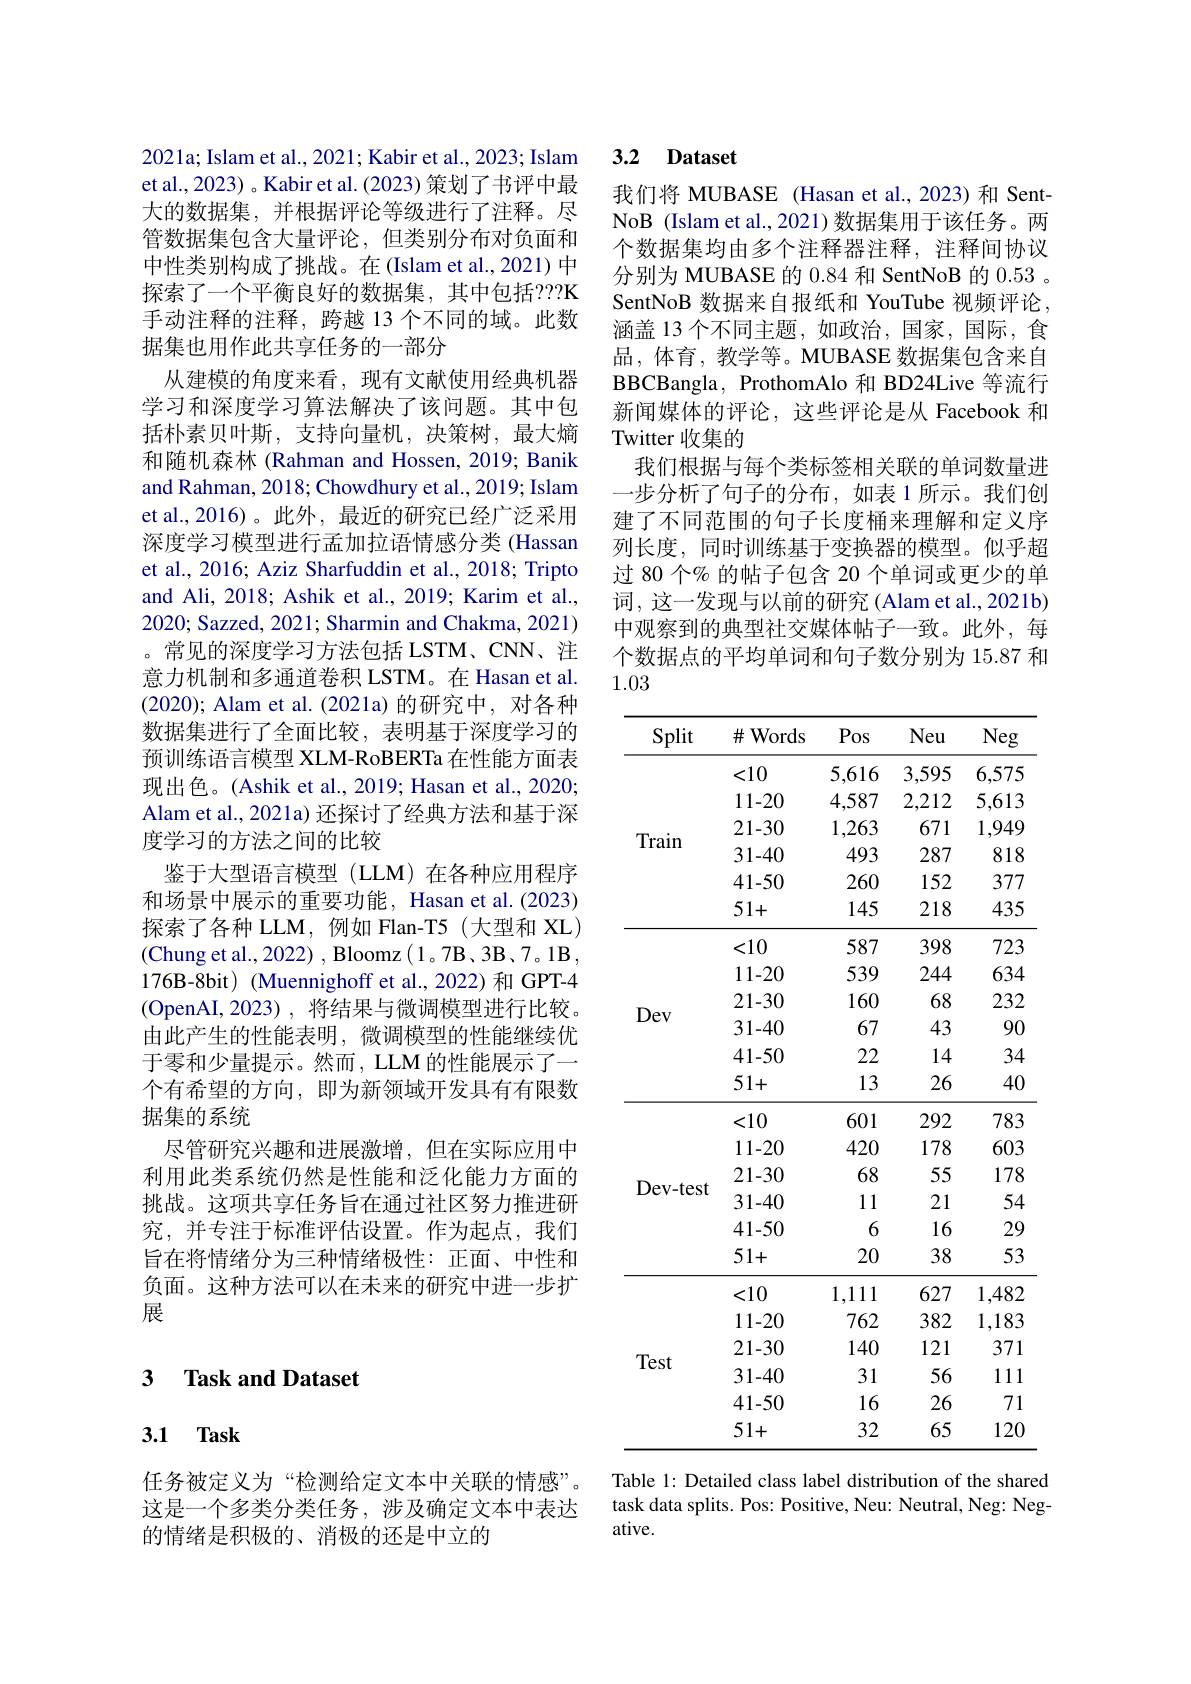
2021a; Islam et al., 2021; Kabir et al., 2023; Islam et al., 2023) 。Kabir et al. (2023) 策划了书评中最大的数据集，并根据评论等级进行了注释。尽管数据集包含大量评论，但类别分布对负面和中性类别构成了挑战。在(Islam et al., 2021) 中探索了一个平衡良好的数据集，其中包括？?K 手动注释的注释，跨越 13 个不同的域。此数据集也用作此共享任务的一部分
从建模的角度来看，现有文献使用经典机器学习和深度学习算法解决了该问题。其中包括朴素贝叶斯，支持向量机，决策树，最大熵和随机森林(Rahman and Hossen, 2019; Banik and Rahman, 2018; Chowdhury et al., 2019; Islam et al.,2016)。此外，最近的研究已经广泛采用深度学习模型进行孟加拉语情感分类 (Hassan et al., 2016; Aziz Sharfuddin et al., 2018; Tripto and Ali, 2018; Ashik et al., 2019; Karim et al., 2020; Sazzed, 2021; Sharmin and Chakma, 2021) 。常见的深度学习方法包括 LSTM、CNN、注意力机制和多通道卷积 LSTM。在 Hasan et al. (2020); Alam et al.(2021a)的研究中，对各种数据集进行了全面比较，表明基于深度学习的预训练语言模型 XLM-RoBERTa 在性能方面表现出色。(Ashik et al., 2019; Hasan et al., 2020; Alam et al., 2021a) 还探讨了经典方法和基于深度学习的方法之间的比较
鉴于大型语言模型(LLM)在各种应用程序和场景中展示的重要功能，Hasan et al.(2023) 探索了各种 LLM, 例如 Flan-T5(大型和 XL) (Chung et al., 2022) , Bloomz( 1。7B、3B、7。1B, 176B-8bit) (Muennighoff et al., 2022) 和 GPT-4 (OpenAI,2023),将结果与微调模型进行比较。由此产生的性能表明，微调模型的性能继续优于零和少量提示。然而，LLM 的性能展示了一个有希望的方向，即为新领域开发具有有限数据集的系统
尽管研究兴趣和进展激增，但在实际应用中利用此类系统仍然是性能和泛化能力方面的挑战。这项共享任务旨在通过社区努力推进研究，并专注于标准评估设置。作为起点，我们旨在将情绪分为三种情绪极性：正面、中性和负面。这种方法可以在未来的研究中进一步扩展

### 3 $\textbf{Task and Dataset}$

# 3.1 Task

任务被定义为“检测给定文本中关联的情感”。这是一个多类分类任务，涉及确定文本中表达的情绪是积极的、消极的还是中立的

### 3.2 Dataset

我们将 MUBASE (Hasan et al.,2023)和 SentNoB (Islam et al., 2021) 数据集用于该任务。两个数据集均由多个注释器注释，注释间协议分别为 MUBASE 的 0.84 和 SentNoB 的 0.53 。SentNoB 数据来自报纸和 YouTube 视频评论， 涵盖 13 个不同主题，如政治，国家，国际，食品，体育，教学等。MUBASE 数据集包含来自BBCBangla, ProthomAlo 和 BD24Live 等流行新闻媒体的评论，这些评论是从 Facebook 和Twitter 收集的
我们根据与每个类标签相关联的单词数量进一步分析了句子的分布，如表 1 所示。我们创建了不同范围的句子长度桶来理解和定义序列长度，同时训练基于变换器的模型。似乎超过 80 个% 的帖子包含 20 个单词或更少的单词，这一发现与以前的研究(Alam et al., 2021b) 中观察到的典型社交媒体帖子一致。此外，每个数据点的平均单词和句子数分别为 15.87 和1.03

<table>
	<tbody>
		<tr>
			<th>Split</th>
			<th>$\#$Words</th>
			<th>Pos</th>
			<th>Neu</th>
			<th>Neg</th>
		</tr>
		<tr>
			<td rowspan="6">Train</td>
			<td><10</td>
			<td>5,616</td>
			<td>3,595</td>
			<td>6,575</td>
		</tr>
		<tr>
			<td>11-20</td>
			<td>4,587</td>
			<td>2,212</td>
			<td>5,613</td>
		</tr>
		<tr>
			<td>21-30</td>
			<td>1,263</td>
			<td>671</td>
			<td>1,949</td>
		</tr>
		<tr>
			<td>31-40</td>
			<td>493</td>
			<td>287</td>
			<td>818</td>
		</tr>
		<tr>
			<td>41-50</td>
			<td>260</td>
			<td>152</td>
			<td>377</td>
		</tr>
		<tr>
			<td>51+</td>
			<td>145</td>
			<td>218</td>
			<td>435</td>
		</tr>
		<tr>
			<td rowspan="6">Dev</td>
			<td><10</td>
			<td>587</td>
			<td>398</td>
			<td>723</td>
		</tr>
		<tr>
			<td>11-20</td>
			<td>539</td>
			<td>244</td>
			<td>634</td>
		</tr>
		<tr>
			<td>21-30</td>
			<td>160</td>
			<td>68</td>
			<td>232</td>
		</tr>
		<tr>
			<td>31-40</td>
			<td>67</td>
			<td>43</td>
			<td>90</td>
		</tr>
		<tr>
			<td>41-50</td>
			<td>22</td>
			<td>14</td>
			<td>34</td>
		</tr>
		<tr>
			<td>51+</td>
			<td>13</td>
			<td>26</td>
			<td>40</td>
		</tr>
		<tr>
			<td rowspan="6">Dev- test</td>
			<td><10</td>
			<td>601</td>
			<td>292</td>
			<td>783</td>
		</tr>
		<tr>
			<td>11-20</td>
			<td>420</td>
			<td>178</td>
			<td>603</td>
		</tr>
		<tr>
			<td>21-30</td>
			<td>68</td>
			<td>55</td>
			<td>178</td>
		</tr>
		<tr>
			<td>31-40</td>
			<td>11</td>
			<td>21</td>
			<td>54</td>
		</tr>
		<tr>
			<td>41-50</td>
			<td>6</td>
			<td>16</td>
			<td>29</td>
		</tr>
		<tr>
			<td>51+</td>
			<td>20</td>
			<td>38</td>
			<td>53</td>
		</tr>
		<tr>
			<td> </td>
			<td><10</td>
			<td>1,111</td>
			<td>627</td>
			<td>1,482</td>
		</tr>
		<tr>
			<td rowspan="5">Test</td>
			<td>11-20</td>
			<td>762</td>
			<td>382</td>
			<td>l ,183 </td>
		</tr>
		<tr>
			<td>21-30</td>
			<td>140</td>
			<td>121</td>
			<td>371</td>
		</tr>
		<tr>
			<td>31-40</td>
			<td>31</td>
			<td>56</td>
			<td>111</td>
		</tr>
		<tr>
			<td>41-50</td>
			<td>16</td>
			<td>26</td>
			<td>71</td>
		</tr>
		<tr>
			<td>51+</td>
			<td>32</td>
			<td>65</td>
			<td>120</td>
		</tr>
	</tbody>
</table>
Table 1: Detailed class label distribution of the shared

task data splits. Pos: Positive, Neu: Neutral, Neg: Neg-
ative.